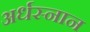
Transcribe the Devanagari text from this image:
अर्धस्नान